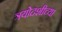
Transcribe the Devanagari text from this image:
त्रयोदशीच्या